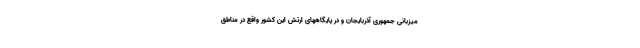
میزبانی جمهوری آذربایجان و در پایگاههای ارتش این کشور واقع در مناطق